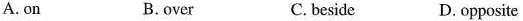
A.on B.over C. beside D.opposite